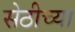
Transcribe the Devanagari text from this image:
सेठीच्या